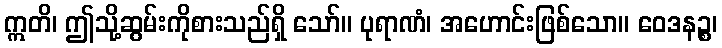
ဣတိ၊ ဤသို့ဆွမ်းကိုစားသည်ရှိ သော်။ ပုရာဏံ၊ အဟောင်းဖြစ်သော။ ဝေဒနဉ္စ၊